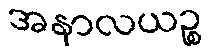
အနာလယဉ္စ